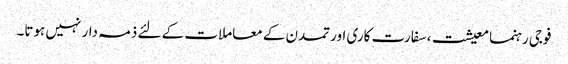
فوجی رہنما معیشت، سفارت کاری اور تمدن کے معاملات کے لئے ذمہ دار نہیں ہوتا۔